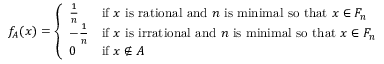
f _ { A } ( x ) = { \left\{ \begin{array} { l l } { { \frac { 1 } { n } } } & { { \mathrm { i f ~ } } x { \mathrm { ~ i s ~ r a t i o n a l ~ a n d ~ } } n { \mathrm { ~ i s ~ m i n i m a l ~ s o ~ t h a t ~ } } x \in F _ { n } } \\ { - { \frac { 1 } { n } } } & { { \mathrm { i f ~ } } x { \mathrm { ~ i s ~ i r r a t i o n a l ~ a n d ~ } } n { \mathrm { ~ i s ~ m i n i m a l ~ s o ~ t h a t ~ } } x \in F _ { n } } \\ { 0 } & { { \mathrm { i f ~ } } x \notin A } \end{array} \right. }